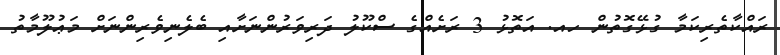
ރައްކާތެރިކަމާ ގުޅޭގޮތުން ހއ. އަތޮޅު 3 ރަށެއްގެ ސްކޫލު ދަރިވަރުންނަށާއި ބެލެނިވެރިންނަށް މަޢުލޫމާތު